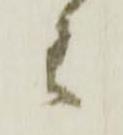
わ